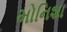
મોનિશા